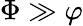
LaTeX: \Phi\gg\varphi